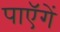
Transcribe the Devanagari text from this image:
पाएॅगें